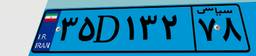
۳۵D۱۳۲۷۸